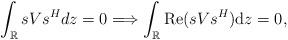
LaTeX: \begin{align*} \int_{\mathbb{R}}sVs^{H} dz=0 \Longrightarrow \int_{\mathbb{R}}{\rm Re} (sVs^{H} ) \mathrm{d}z=0,\end{align*}